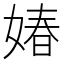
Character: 媋